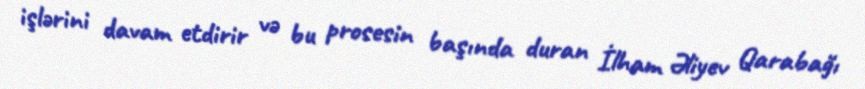
işlərini davam etdirir və bu prosesin başında duran İlham Əliyev Qarabağı